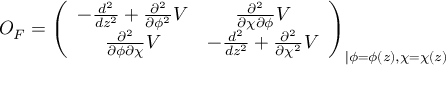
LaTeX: O _ { F } = \left( \begin{array} { c c } { { - \frac { d ^ { 2 } } { d z ^ { 2 } } + \frac { \partial ^ { 2 } } { \partial \phi ^ { 2 } } V } } & { { \frac { \partial ^ { 2 } } { \partial \chi \partial \phi } V } } \\ { { \frac { \partial ^ { 2 } } { \partial \phi \partial \chi } V } } & { { - \frac { d ^ { 2 } } { d z ^ { 2 } } + \frac { \partial ^ { 2 } } { \partial \chi ^ { 2 } } V } } \end{array} \right) _ { \vert \phi = \phi ( z ) , \chi = \chi ( z ) }